Civil Veterinary Dept. Bombay admin report 1932-41 - 1932-1941
Year: 1932
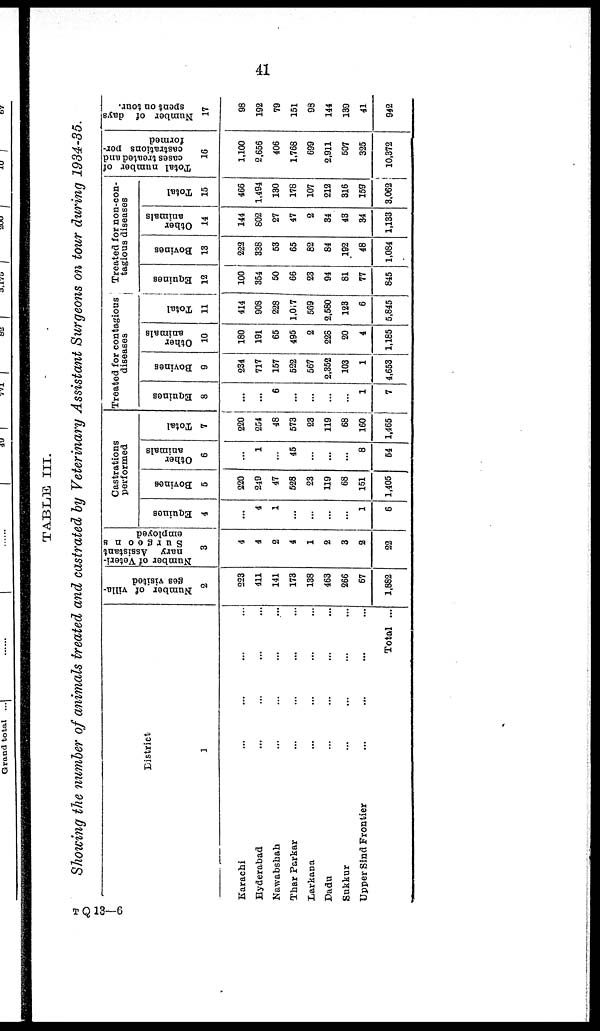
41
TABLE III.
Showing the number of animals treated and castrated by Veterinary Assistant Surgeons on tour during 1934-35.
District
1
Karachi ... ... ... ...
Hyderabad ... ... ... ...
Nawabshah ... ... ... ...
Thar Parkar ... ... ... ...
Larkana ... ... ... ...
Dadu ... ... ... ...
Sukkur ... ... ... ...
Upper Sind Frontier ... ... ... ...
Total ...
Number of villa-
ges visited
2
223
411
141
173
138
463
266
67
1,882
Number of Veteri-
nary Assistant
Surgeons
employed
3
4
4
2
4
1
2
3
2
22
Castrations
performed
Equines
4
...
4
1
...
...
...
...
1
6
Bovines
5
220
249
47
528
23
119
68
151
1,405
Other
animals
6
...
1
...
45
...
...
...
8
54
Total
7
220
254
48
573
23
119
68
160
1,465
Treated for contagious
diseases
Equines
8
...
...
6
...
...
...
...
1
7
Bovines
9
234
717
157
522
567
2,352
103
1
4,653
Other
animals
10
180
191
65
495
2
228
20
4
1,185
Total
11
414
908
228
l,017
569
2,580
123
6
5,845
Treated for non-con-
tagious diseases
Equines
12
100
354
50
66
23
94
81
77
845
Bovines
13
222
338
53
65
82
84
192
48
1,084
Other
animals
14
144
802
27
47
2
34
43
34
1,133
Total
15
466
1,494
130
178
107
212
316
159
3,062
Total number of
cases treated and
castrations per-
formed
16
1,100
2,656
406
1,768
699
2,911
507
325
10,372
Number of days
spent on tour.
17
98
192
79
151
98
144
139
41
942
T Q 13—6